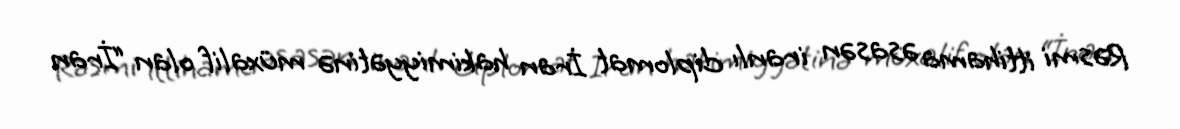
Rəsmi ittihama əsasən iranlı diplomat İran hakimiyyətinə müxalif olan “İran